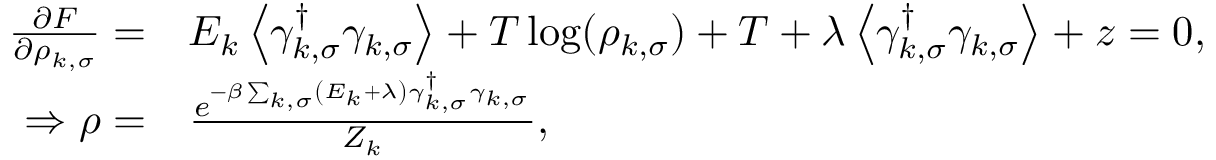
\begin{array} { r l } { \frac { \partial F } { \partial \rho _ { k , \sigma } } = } & { { } E _ { k } \left\langle \gamma _ { k , \sigma } ^ { \dag } \gamma _ { k , \sigma } \right\rangle + T \log ( \rho _ { k , \sigma } ) + T + \lambda \left\langle \gamma _ { k , \sigma } ^ { \dag } \gamma _ { k , \sigma } \right\rangle + z = 0 , } \\ { \Rightarrow \rho = } & { { } \frac { e ^ { - \beta \sum _ { k , \sigma } \left( E _ { k } + \lambda \right) \gamma _ { k , \sigma } ^ { \dag } \gamma _ { k , \sigma } } } { Z _ { k } } , } \end{array}